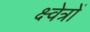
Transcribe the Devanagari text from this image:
क्ष्वेत्रों